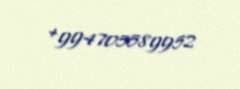
+994705589952